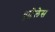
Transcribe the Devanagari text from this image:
एल्बेलेस